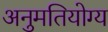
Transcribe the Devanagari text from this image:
अनुमतियोग्य